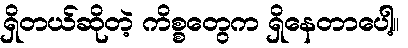
ရှိတယ်ဆိုတဲ့ ကိစ္စတွေက ရှိနေတာပေါ့။